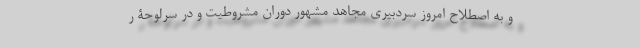
و به اصطلاح امروز سردبیری مجاهد مشهور دوران مشروطیت و در سرلوحۀ ر